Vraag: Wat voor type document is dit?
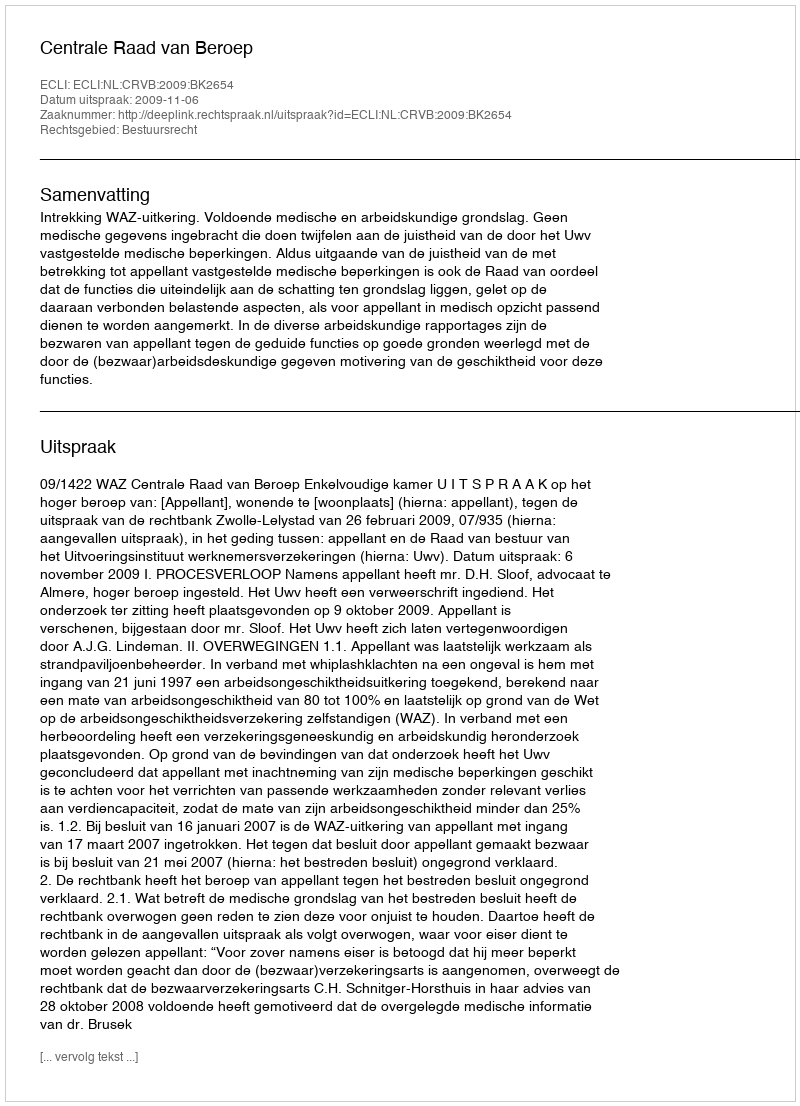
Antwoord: Uitspraak